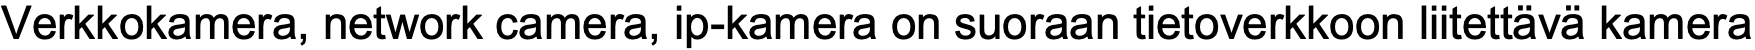
Verkkokamera, network camera, ip-kamera on suoraan tietoverkkoon liitettävä kamera